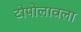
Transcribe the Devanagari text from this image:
टोपोलावला